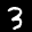
Label: 3